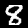
Digit: 8